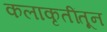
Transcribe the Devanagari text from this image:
कलाकृतींतून